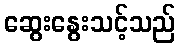
ဆွေးနွေးသင့်သည်